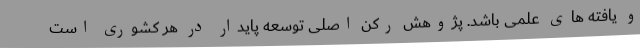
و یافته های علمی باشد. پژوهش رکن اصلی توسعه پایدار در هر کشوری است